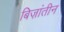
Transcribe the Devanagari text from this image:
बिज़ांतीन